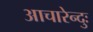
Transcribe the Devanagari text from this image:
आचारेन्दुः